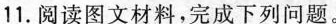
11.阅读图文材料，完成下列问题。